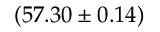
( 5 7 . 3 0 \pm 0 . 1 4 )